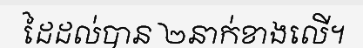
ដៃដល់បាន ២នាក់ខាងលើ។